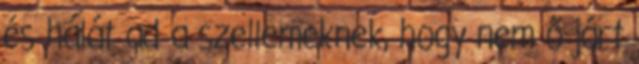
és hálát ad a szellemeknek, hogy nem ő járt